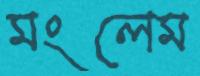
মংলেম